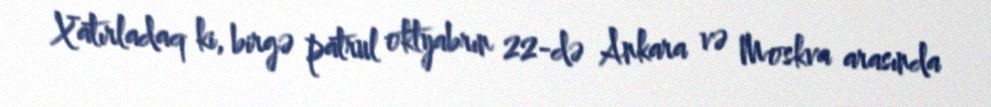
Xatırladaq ki, birgə patrul oktyabrın 22-də Ankara və Moskva arasında